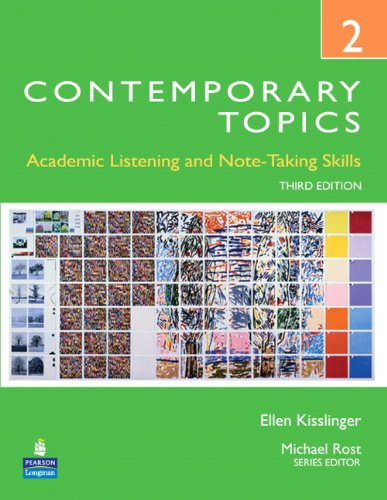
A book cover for Contemporary Topics 2: Academic Listening and Note-Taking Skills, 3rd Edition; Ellen Kisslinger; Reference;